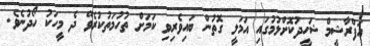
އަފްރާޝީމް ޝަހީދުކޮށްލުމުގައި އަމަލީ ގޮތުން ބައިވެރިވި ކަމަށް ތުހުމަތުކުރެވޭ ދެ މީހަކު ހޯދުނެވެ.